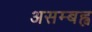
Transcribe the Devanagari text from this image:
असम्बह्व